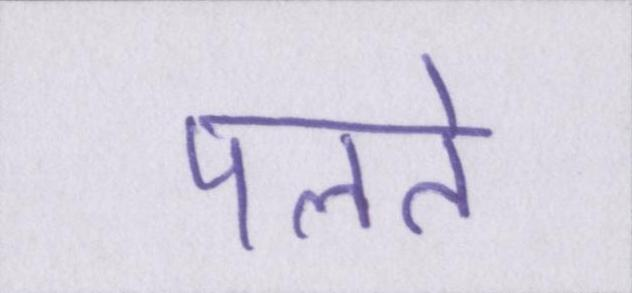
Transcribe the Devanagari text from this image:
पलते